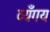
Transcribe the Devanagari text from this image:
व्यँगय